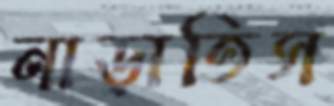
নাড়াতিস